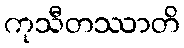
ကုသီတဿာတိ